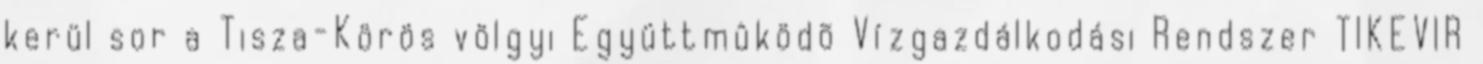
kerül sor a Tisza-Körös völgyi Együttmûködõ Vízgazdálkodási Rendszer TIKEVIR